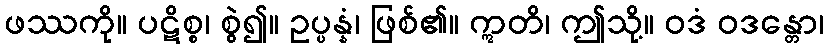
ဖဿကို။ ပဋိစ္စ၊ စွဲ၍။ ဥပ္ပန္နံ၊ ဖြစ်၏။ ဣတိ၊ ဤသို့။ ဝဒံ ဝဒန္တော၊